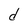
Character: d